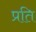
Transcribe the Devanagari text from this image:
प्रति